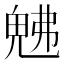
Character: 𭀯